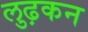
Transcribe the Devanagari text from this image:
लुढ़कन